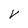
Character: v